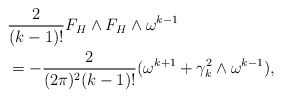
\begin{align*}&\frac{2}{(k-1)!}F_{H}\wedge F_{H}\wedge \omega^{k-1}\\&=-\frac{2}{(2\pi)^{2}(k-1)!}(\omega^{k+1}+\gamma_{k}^{2}\wedge\omega^{k-1}),\end{align*}